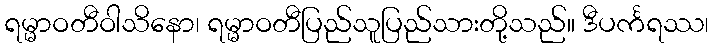
ရမ္မာဝတီဝါသိနော၊ ရမ္မာဝတီပြည်သူပြည်သားတို့သည်။ ဒီပင်္ကရဿ၊